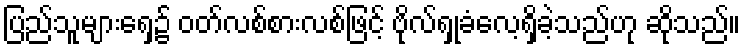
ပြည်သူများရှေ့၌ ဝတ်လစ်စားလစ်ဖြင့် ဗိုလ်ရှုခံလေ့ရှိခဲ့သည်ဟု ဆိုသည်။